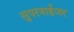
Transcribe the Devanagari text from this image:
सुपरवाईजर